Annual administration report of the Civil Veterinary Department, Ajmere-Merwara, British Rajputana - 1914-1940
Year: 1914
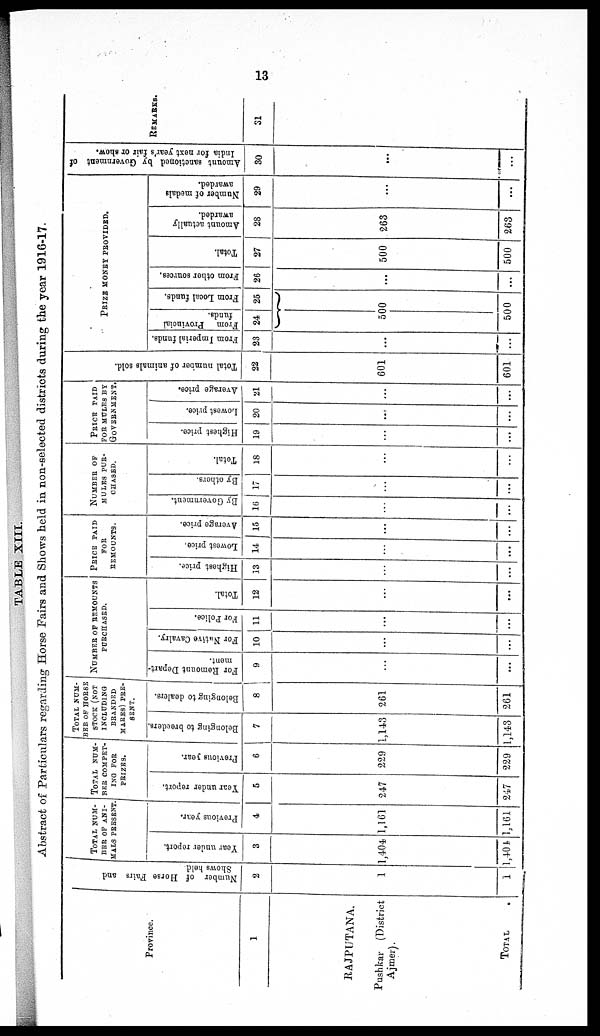
13
TABLE XIII.
Abstract of Particulars regarding Horse Fairs and Shows held in non-selected districts during the year 1916-17.
Province.
1
RAJPUTANA.
Pushkar
(District
Ajmer).
TOTAL
Number of Horse Fairs and
Shows hold
2
1
1
TOTAL NUM-
BER OK ANI-
MALS PRESENT.
Year under report.
3
1,404
1,404
Previous year.
4
1,161
1,161
TOTAL
NUM-
BER COMPET-
ING FOR
PRIZES.
Year under report.
5
247
247
Previous year.
6
229
229
TOTAL NUM-
BER OF HORSI
STOCK (NOT
INCLUDING
BRANDED
MARKS)
PRE-
SENT.
Belonging to breeders.
7
1,143
1,143
Belonging to dealers.
8
261
261
NUMBER OF REMOUNTS
PURCHASED.
For Remount Depart-
ment.
9
...
...
For Native Cavalry.
10
...
...
For Police.
11
...
...
Total.
12
...
...
PRICE PAID
FOR
REMOUNTS.
Highest price.
13
...
...
Lowest price
14
...
...
Average price.
15
...
...
NUMBER OF
MULES PUR-
CHASED.
By Government.
16
...
...
By others.
17
...
...
Total.
18
...
...
PRICE PAID
FOR MULES BY
GOVERNMENT.
Highest price.
19
...
...
Lowest price.
20
...
...
Average price.
21
...
...
Total number of animals sold.
22
601
601
PRIZE MONEY PROVICED.
From Imperial funds.
23
...
...
From
Provincial
funds.
24
From Local funds.
25
500
500
From other sources.
26
...
...
Total.
27
500
500
Amount actually
awarded.
28
263
263
Number of medals
awarded.
29
...
...
Amount sanctioned by Government of
India for next year's fair or show.
30
...
...
REMARKS.
31